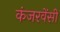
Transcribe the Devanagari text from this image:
कंजरवेंसी